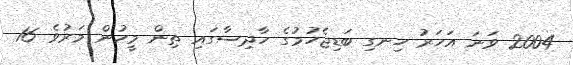
2004 ވަނަ އަހަރު ހިނގި ބަޑިޖެހުމުގެ ހާދިސާގައި ތިން މީހުން މަރުވެ 16